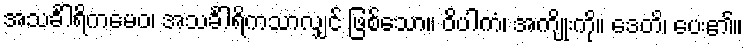
အသင်္ခါရိကမေဝ၊ အသင်္ခါရိကသာလျှင် ဖြစ်သော။ ဝိပါကံ၊ အကျိုးကို။ ဒေတိ၊ ပေး၏။